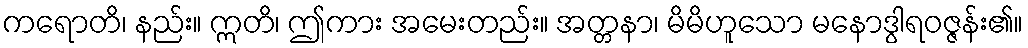
ကရောတိ၊ နည်း။ ဣတိ၊ ဤကား အမေးတည်း။ အတ္တနာ၊ မိမိဟူသော မနောဒွါရဝဇ္ဇန်း၏။